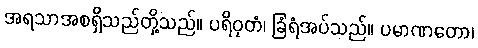
အရသာအစရှိသည်တို့သည်။ ပရိဝုတံ၊ ခြံရံအပ်သည်။ ပမာဏတော၊